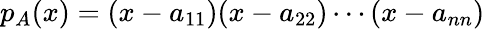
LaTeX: p_{A}(x)=(x-a_{11})(x-a_{22})\cdots(x-a_{nn})